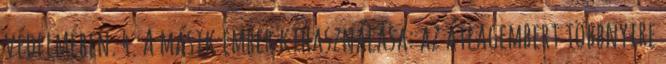
védelmében. 4. A másik ember kihasználása: az átlagembert többnyire